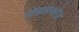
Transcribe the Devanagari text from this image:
मॉडलफ्लेज